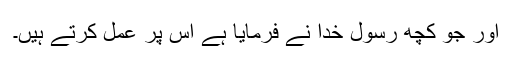
اور جو کچھ رسول خدا نے فرمایا ہے اس پر عمل کرتے ہیں۔